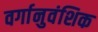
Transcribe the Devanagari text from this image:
वर्गानुवंशिक